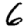
Digit: 6